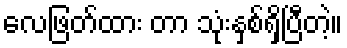
လေဖြတ်ထား တာ သုံးနှစ်ရှိပြီတဲ့။